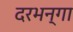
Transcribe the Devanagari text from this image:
दरभन्गा